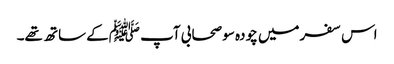
اس سفرمیں چودہ سو صحابی آپ ﷺکے ساتھ تھے۔